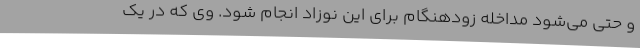
و حتی می‌شود مداخله زودهنگام برای این نوزاد انجام شود. وی که در یک